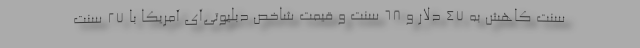
سنت کاهش به ۴۷ دلار و ۶۸ سنت و قیمت شاخص دبلیوتی‌آی آمریکا با ۲۷ سنت